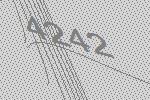
4242